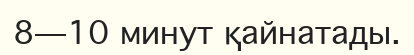
8—10 минут қайнатады.